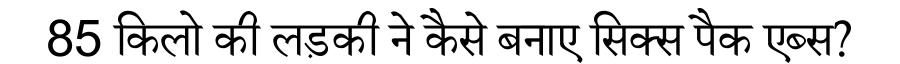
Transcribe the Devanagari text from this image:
85 किलो की लड़की ने कैसे बनाए सिक्स पैक एब्स?